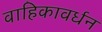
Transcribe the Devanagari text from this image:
वाहिकावर्धन